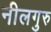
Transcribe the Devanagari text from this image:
नीलगुरु